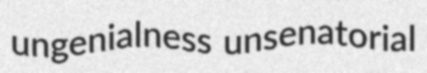
ungenialness unsenatorial